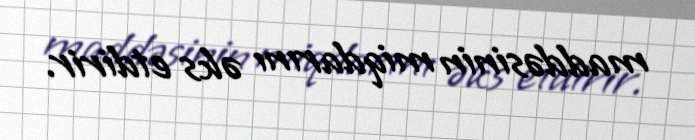
maddəsinin miqdarını əks etdirir.